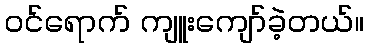
ဝင်ရောက် ကျူးကျော်ခဲ့တယ်။